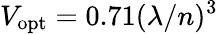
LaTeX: V_{\mathrm{opt}}=0.71(\lambda/n)^{3}